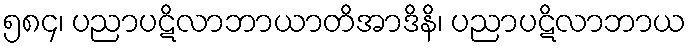
၅၈၄၊ ပညာပဋိလာဘာယာတိအာဒိနိ၊ ပညာပဋိလာဘာယ